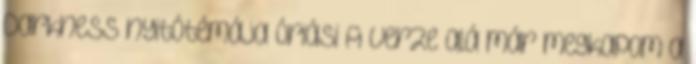
Darkness nyitótémája óriási A verze alá már megkapom a